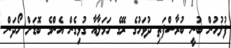
ފުލުހުން ބުނީ ބުރާސްފަތި ދުވަހުގެ ރޭގެ ހަމަލާއާ ގުޅިގެން އެންމެ ބޮޑަށް ހޯދަން